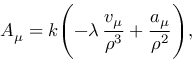
A _ { \mu } = k \Biggl ( - \lambda \, \frac { v _ { \mu } } { \rho ^ { 3 } } + \frac { a _ { \mu } } { \rho ^ { 2 } } \Biggr ) ,